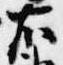
右